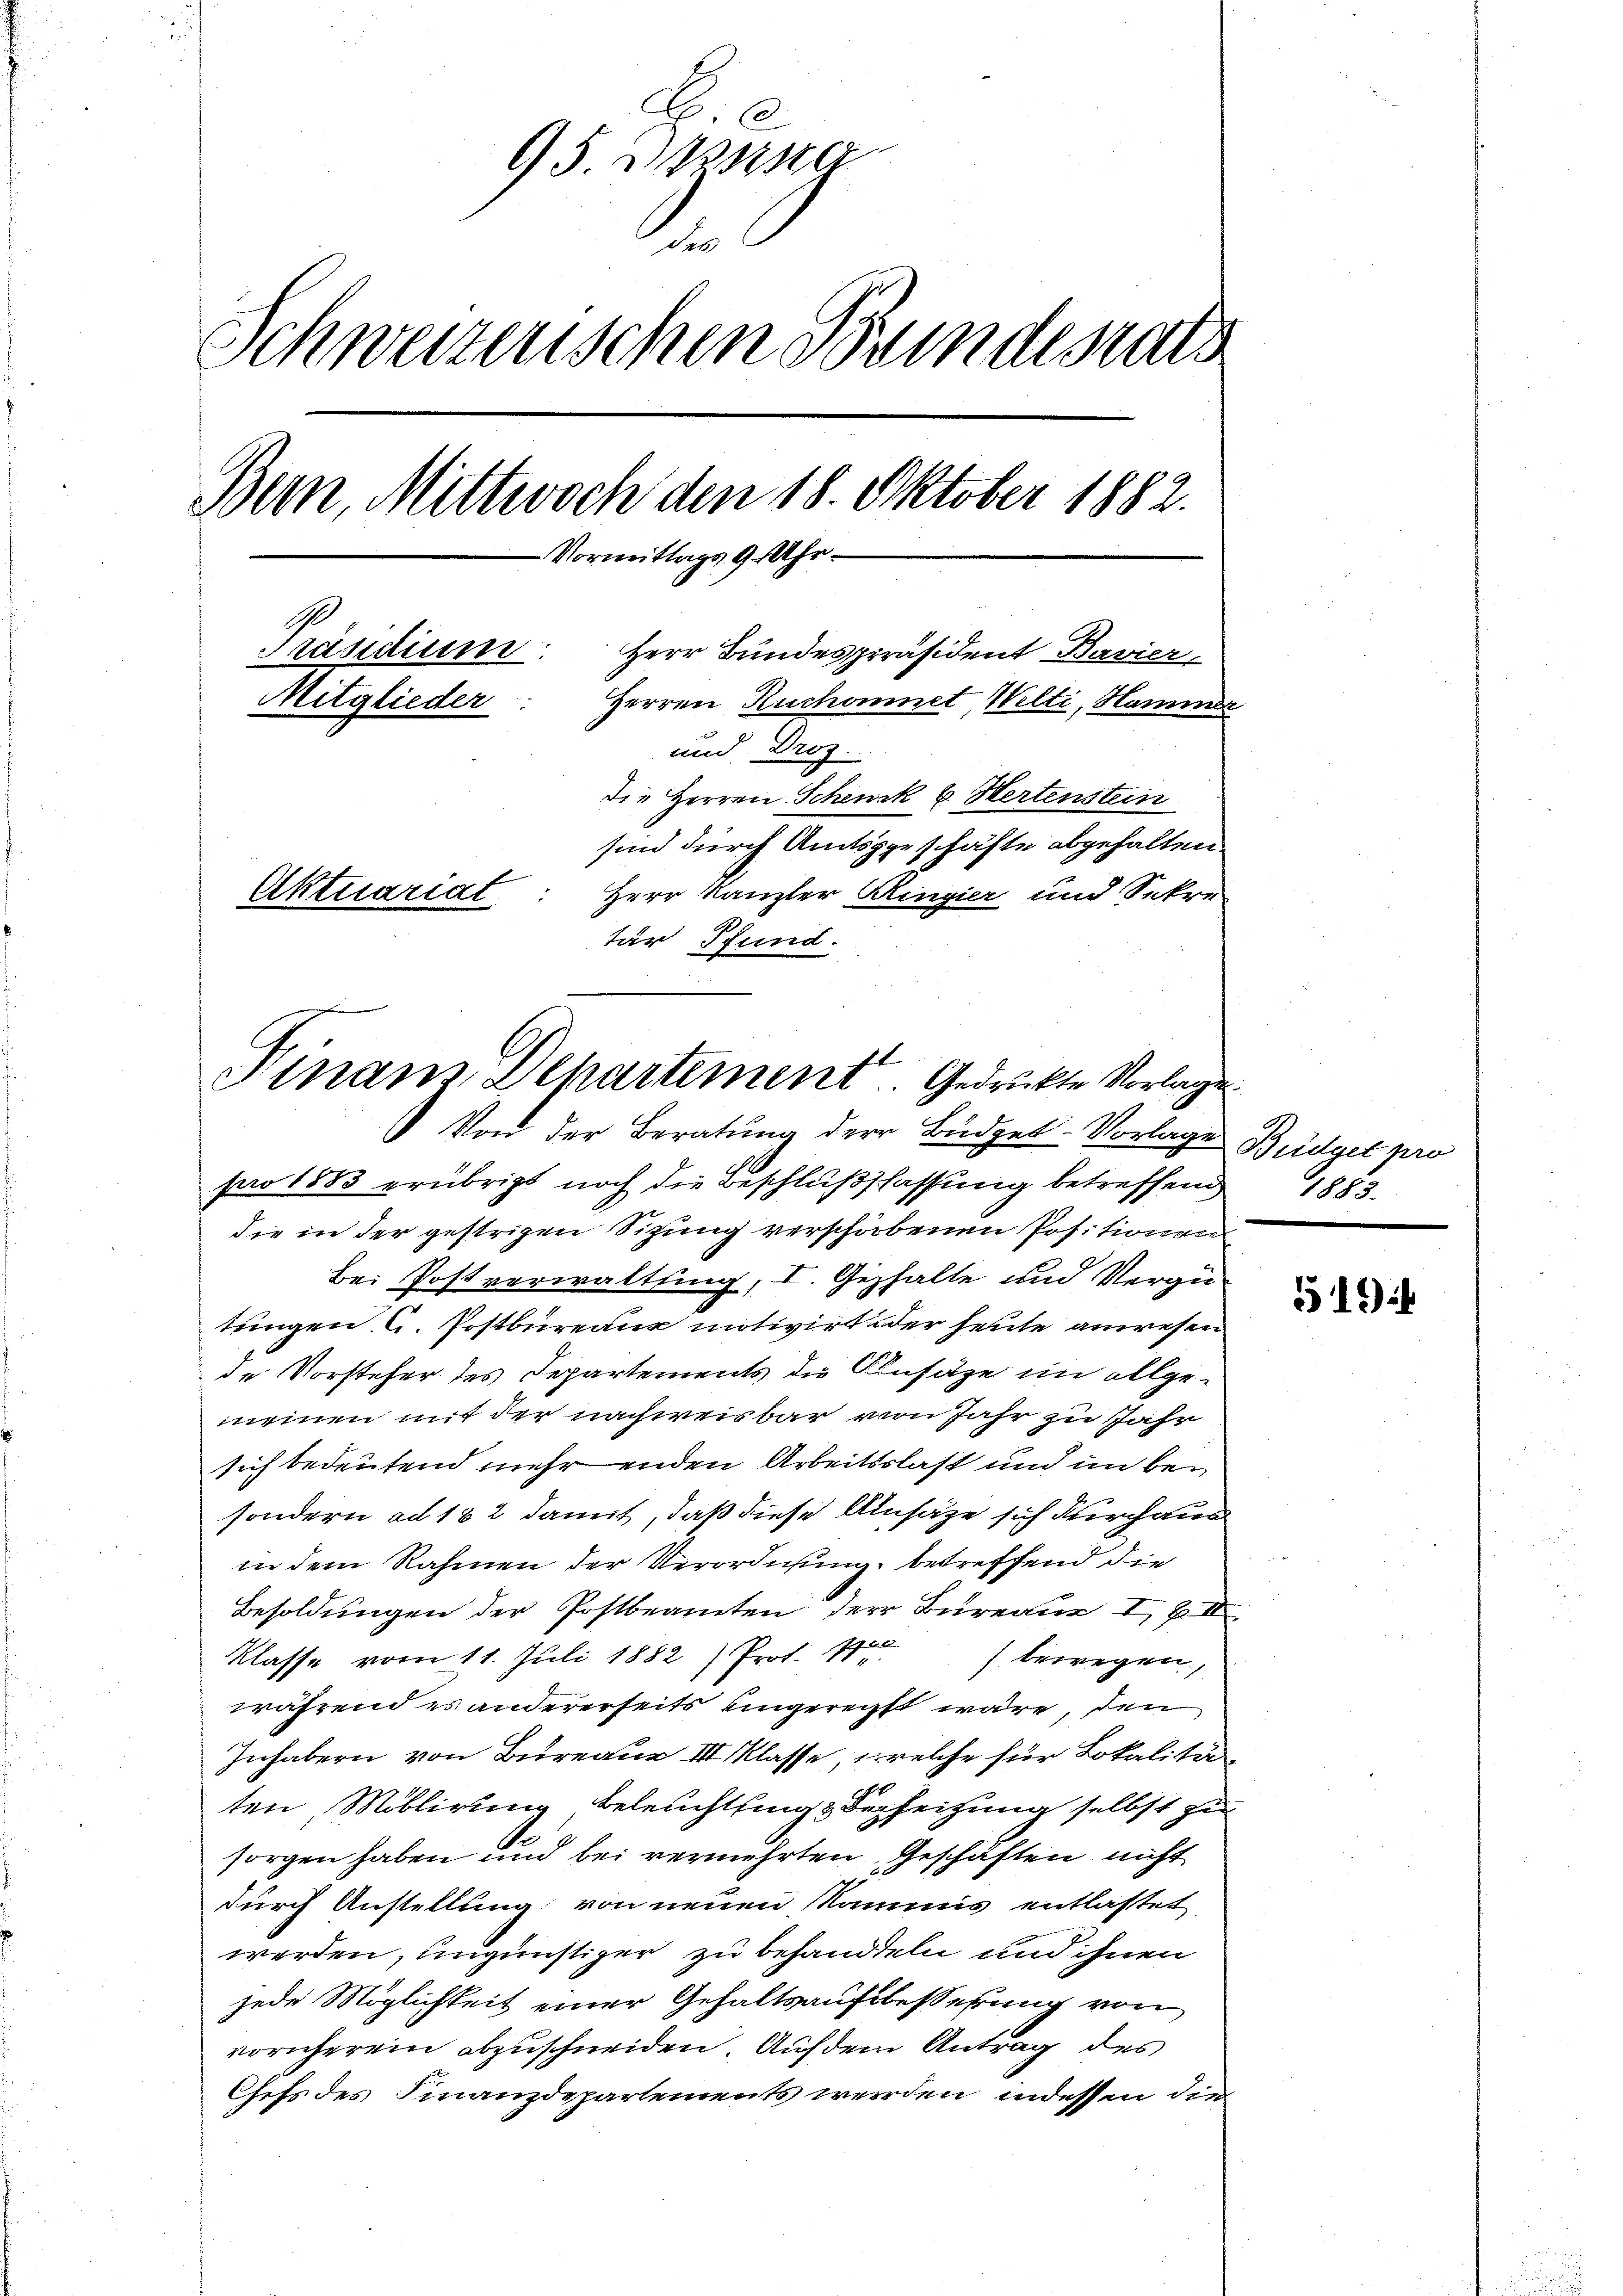
.
95 Assister
des
Schweizerischen Bundesrath
Bern Mittwoch den 18. Oktober 1882.
Vormittags 9 Uhr
Präsidium. Herr Bundespräsident Bavier
Mitglieder
Herren Ruchonnet, Welti, Hammes
und. Droz.
die Herren Schenk & Hertenstein
sind durch Amtsgeschäfte abgehalten.
Aktuariat
Herr Kanzler Ringier und Sekre
tär Pfund.

Bei Postverwaltung, I. Gehalte und Vergü
tungen C. Postbureaux motivirt oder heute anwesen
de Vorsteher des Separtements die Ansätze im allge-
meinen mit der nachweisbar von Jahr zu Jahr
sich bedeutend mehrenden Arbeitsslast und im besondern ad 182 damit, daß diese Ansätze sich durchau
in dem Rahmen der Verordnung, betreffend die
Besoldungen der Postbeamten der Bureau I & III
Klasse vom 11. Juli 1882) Prot. 18) bewegen,
während es andererseits eingereicht wäre, den
Inhabern von Bureau III Klasse, welche für Lokalitä
ten Millirung beleuchtling & Verheitzung selbst zu
sorgen haben und bei vermehrten Geschäften nicht
durch Anstellung von neuen Nammis entlastet,
werden, ungünstiger zu behandeln und ihnen
jede Möglichkeit einer Gehaltsaufsbesserung von
vornherein abzuschneiden. Auf dem Antrag des
Chefs des Finanzdepartements werden, indessen die

Ninam Departement. Gedruckte Vorlage.
 Von der Beratung der Büdget-Vorlage
pro 1883 erübrigt noch die Beschlußschaffung betreffend
die in der gestrigen Sitzung verschorbenen Positionen

Büdget pro
1883.

519